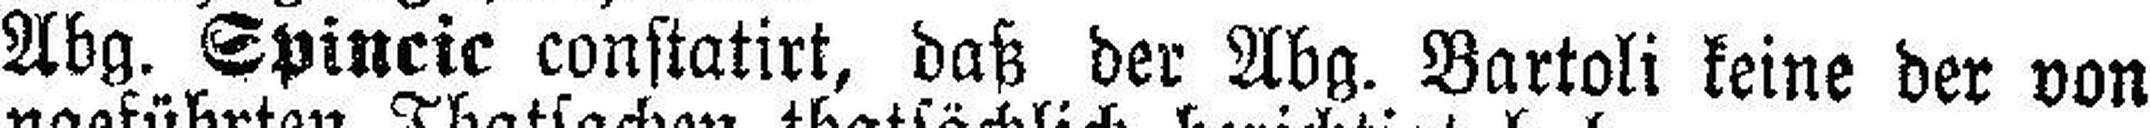
Abg. Spincic constatirt, daß der Abg. Bartoli keine der von